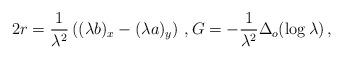
LaTeX: \begin{align*}2 { r}= \frac{1}{\lambda^2}\left( (\lambda b)_x-(\lambda a)_y \right)\,,{ G}=- \frac{1}{\lambda^2} \Delta_o (\log \lambda)\,,\end{align*}